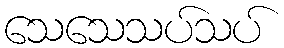
သေသေသပ်သပ်